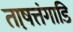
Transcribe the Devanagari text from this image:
ताष़त्तंगाडि